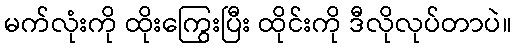
မက်လုံးကို ထိုးကြွေးပြီး ထိုင်းကို ဒီလိုလုပ်တာပဲ။